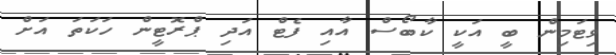
ވިޓަމިން ބީ އަކީ ކާބޯސް އާއި ފެޓް އަދި ޕްރޮޓީން ހަކަތަ އަށް